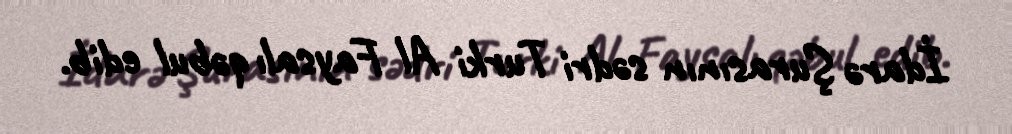
İdarə Şurasının sədri Turki Al Faysalı qəbul edib.